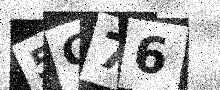
Text: 5G76